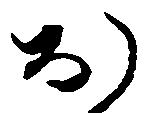
お